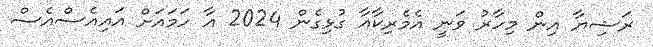
ރަޝިޔާ އިން މިހާރު ވަނީ އެމެރިކާއާ ގުޅިގެން 2024 އާ ހަމައަށް އައިއެސްއެސް